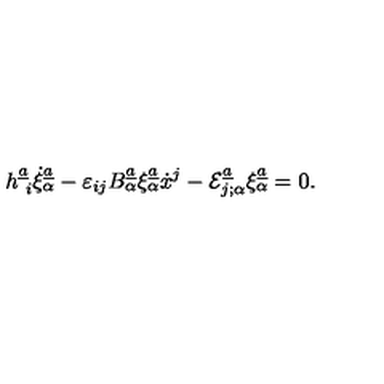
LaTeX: h _ { \ i } ^ { \underline { { a } } } \dot { \xi } _ { \alpha } ^ { \underline { { a } } } - \varepsilon _ { i j } B _ { \alpha } ^ { \underline { { a } } } \xi _ { \alpha } ^ { \underline { { a } } } \dot { x } ^ { j } - { \cal E } _ { j ; \alpha } ^ { \underline { { a } } } \xi _ { \alpha } ^ { \underline { { a } } } = 0 .